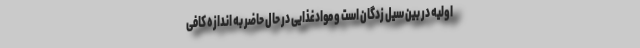
اولیه در بین سیل زدگان است و موادغذایی در حال حاضر به اندازه کافی